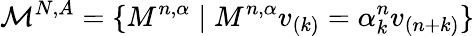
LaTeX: \mathcal{M}^{N,A}=\{ M^{n,\alpha}\mid M^{n,\alpha}v_{(k)}=\alpha_{k}^{n}v_{(n+k)}\}